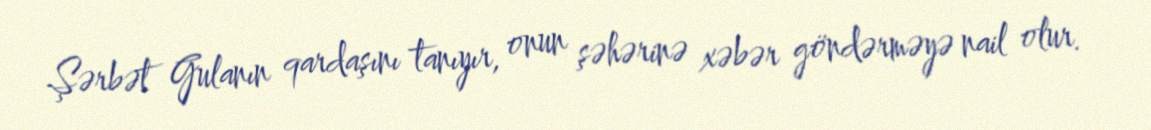
Şərbət Gulanın qardaşını tanıyır, onun şəhərinə xəbər göndərməyə nail olur.